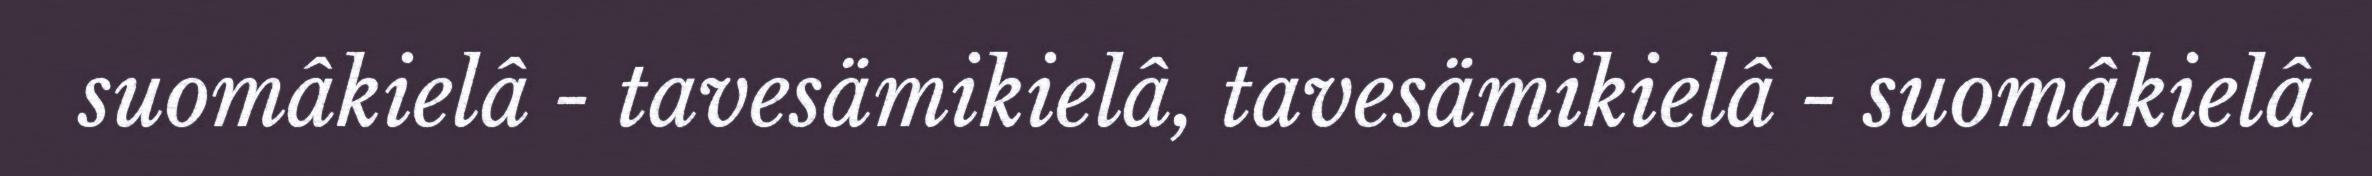
suomâkielâ - tavesämikielâ, tavesämikielâ - suomâkielâ